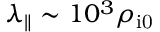
\lambda _ { \parallel } \sim 1 0 ^ { 3 } \rho _ { \mathrm { i 0 } }